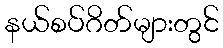
နယ်စပ်ဂိတ်များတွင်